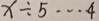
x \div 5 \cdots 4